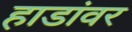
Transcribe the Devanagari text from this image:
हाडांवर